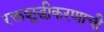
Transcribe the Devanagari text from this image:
रक्तशुद्धीकरणाची